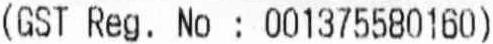
(GST REG. NO : 001375580160)